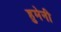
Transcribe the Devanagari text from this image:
हुमेनी